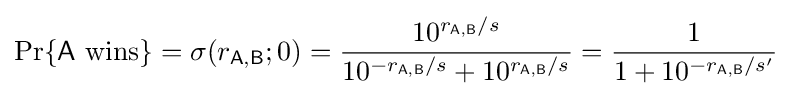
\Pr\{{\mathsf {A}}~{\textrm {wins}}\}=\sigma (r_{\mathsf {A,B}};0)={\frac {10^{r_{\mathsf {A,B}}/s}}{10^{-r_{\mathsf {A,B}}/s}+10^{r_{\mathsf {A,B}}/s}}}={\frac {1}{1+10^{-r_{\mathsf {A,B}}/s'}}}